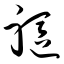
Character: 躯